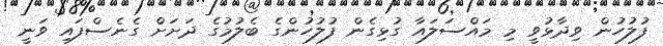
ފުލުހުން ވިދާޅުވީ މި މައްސަލައާ ގުޅިގެން ފުލުހުންގެ ބެލުމުގެ ދަށަށް ގެނެސްފައި ވަނީ